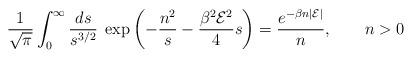
LaTeX: \begin{align*}{1\over \sqrt{\pi}}\int_0^\infty{ds\over s^{3/2}}\; \exp\left(-{n^2\over s}-{\beta^2{\cal E}^2\over 4}s\right)={e^{-\beta n |{\cal E}|}\over n}, \qquad n>0\end{align*}